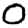
Digit: 0